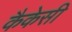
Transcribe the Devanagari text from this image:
कैकेसी